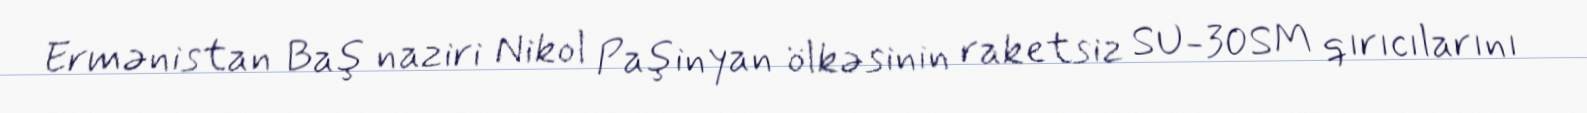
Ermənistan Baş naziri Nikol Paşinyan ölkəsinin raketsiz SU-30SM qırıcılarını